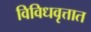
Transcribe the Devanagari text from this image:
विविधवृत्तात